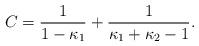
LaTeX: \begin{align*} C = \frac{1}{1 -\kappa_1} + \frac{1}{\kappa_1 +\kappa_2 -1}.\end{align*}